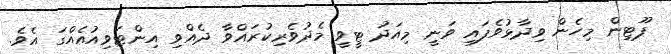
ޕޫޓިން މިހެން ވިދާޅުވެފައި ވަނީ މިއަދު ޓީވީ މެދުވެރިކުރައްވާ ދެއްވި އިންޓަވިއުއެެއްގަ އެވެ.